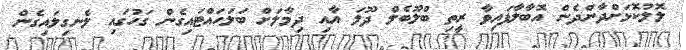
ލޮލުކޮޅަށްދާންދެން އޮބާލާފައިވާ ރީތި ބްލޫބެލް ދޫލަ އާއި ދިމާލަށް ބަލަހައްޓައިގެން ގަހުގައި ލެނގިލައިގެން